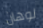
لوهان